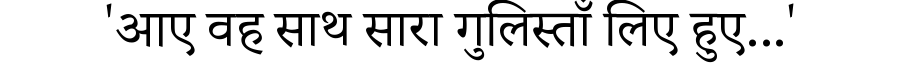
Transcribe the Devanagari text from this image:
'आए वह साथ सारा गुलिस्ताँ लिए हुए...'